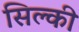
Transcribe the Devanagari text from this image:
सिल्की